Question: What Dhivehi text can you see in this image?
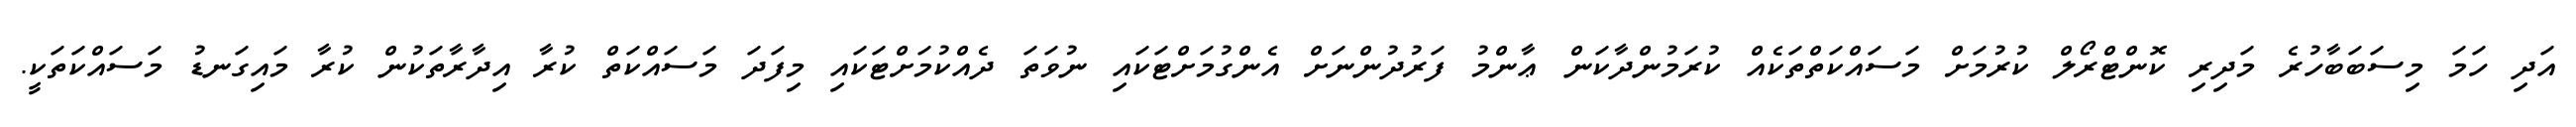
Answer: އަދި ހަމަ މިސަބަބާހުރެ މަދިރި ކޮންޓްރޯލް ކުރުމަށް މަސައްކަތްތަކެއް ކުރަމުންދާކަން ޢާންމު ފަރުދުންނަށް އެންގުމަށްޓަކައި ނުވަތަ ދެއްކުމަށްޓަކައި މިފަދަ މަސައްކަތް ކުރާ އިދާރާތަކުން ކުރާ މައިގަނޑު މަސައްކަތަކީ.